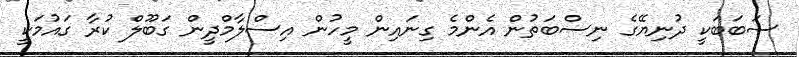
ސަބަބަކީ ދުނިޔޭގެ ނިސްބަތުން އެންމެ ގިނައިން މީހުން އިސްލާމްދީން ގަބޫލް ކުރާ ގައުމަކީ